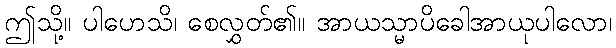
ဤသို့။ ပါဟေသိ၊ စေလွှတ်၏။ အာယသ္မာပိခေါအာယုပါလော၊